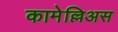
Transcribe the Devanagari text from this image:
कामेल्लिअस